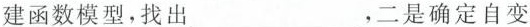
建函数模型，找出___，二是确定自变